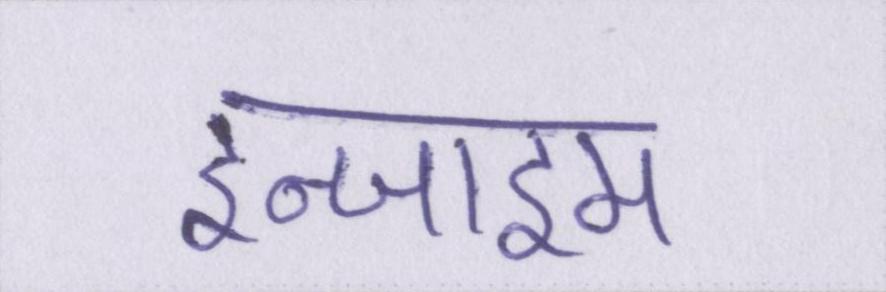
इन्जाइम